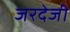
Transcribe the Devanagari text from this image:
जरदेजी